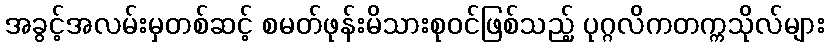
အခွင့်အလမ်းမှတစ်ဆင့် စမတ်ဖုန်းမိသားစုဝင်ဖြစ်သည့် ပုဂ္ဂလိကတက္ကသိုလ်များ